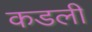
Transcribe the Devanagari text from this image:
कडली